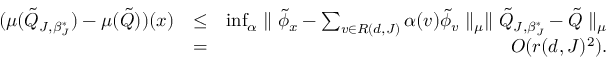
\begin{array} { r l r } { ( \mu ( \tilde { Q } _ { J , \beta _ { J } ^ { * } } ) - \mu ( \tilde { Q } ) ) ( x ) } & { \leq } & { \operatorname* { i n f } _ { \alpha } \parallel \tilde { \phi } _ { x } - \sum _ { v \in { \cal R } ( d , J ) } \alpha ( v ) \tilde { \phi } _ { v } \parallel _ { \mu } \parallel \tilde { Q } _ { J , \beta _ { J } ^ { * } } - \tilde { Q } \parallel _ { \mu } } \\ & { = } & { O ( r ( d , J ) ^ { 2 } ) . } \end{array}